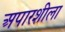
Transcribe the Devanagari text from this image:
अपारशीला